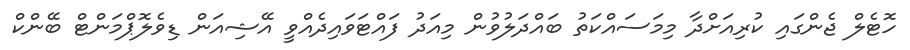
ހޮޓެލް ޖެންގައި ކުރިއަށްދާ މިމަސައްކަތު ބައްދަލުވުން މިއަދު ފައްޓަވައިދެއްވީ އޭޝިއަން ޑިވެލޮޕްމަންޓް ބޭންކް